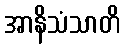
အာနိသံသာတိ